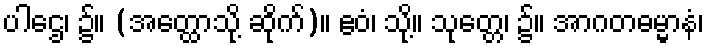
ပါဌေ၊ ၌။ (အတ္ထောသို့ ဆိုက်)။ ဧဝံ၊ သို့။ သုတ္တေ၊ ၌။ အာဂတဓမ္မာနံ၊